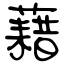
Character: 藉